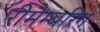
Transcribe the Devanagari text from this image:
रीमैम्बरिंग